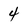
Character: 4